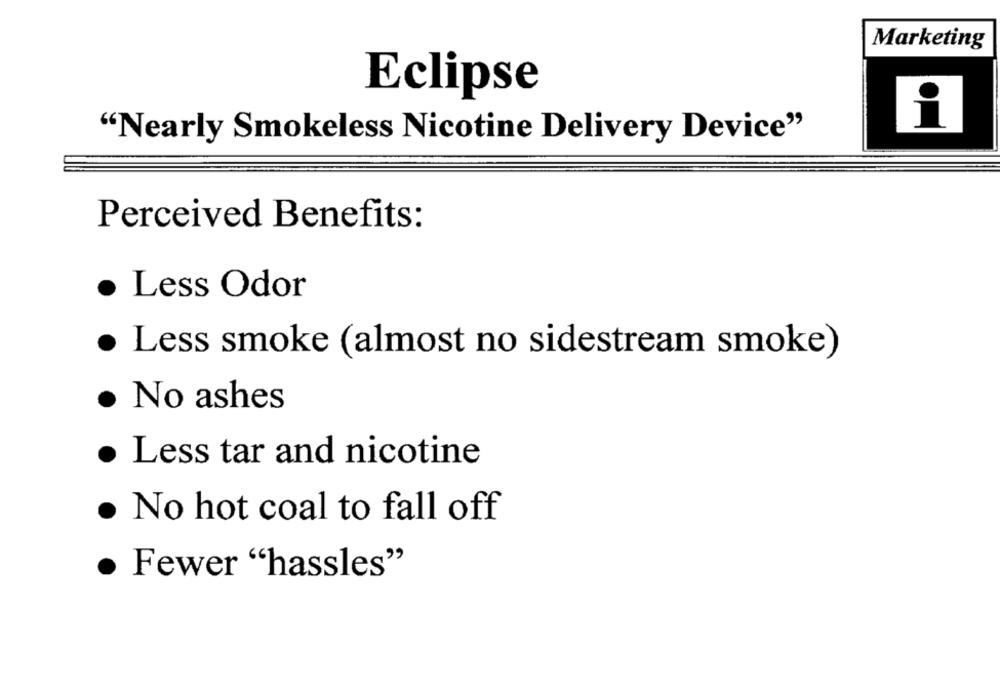
Marketing
Eclipse
"Nearly Smokeless Nicotine Delivery Device"
Perceived Benefits:
· Less Odor
· Less smoke (almost no sidestream smoke)
No ashes
Less tar and nicotine
· No hot coal to fall off
. Fewer "hassles"